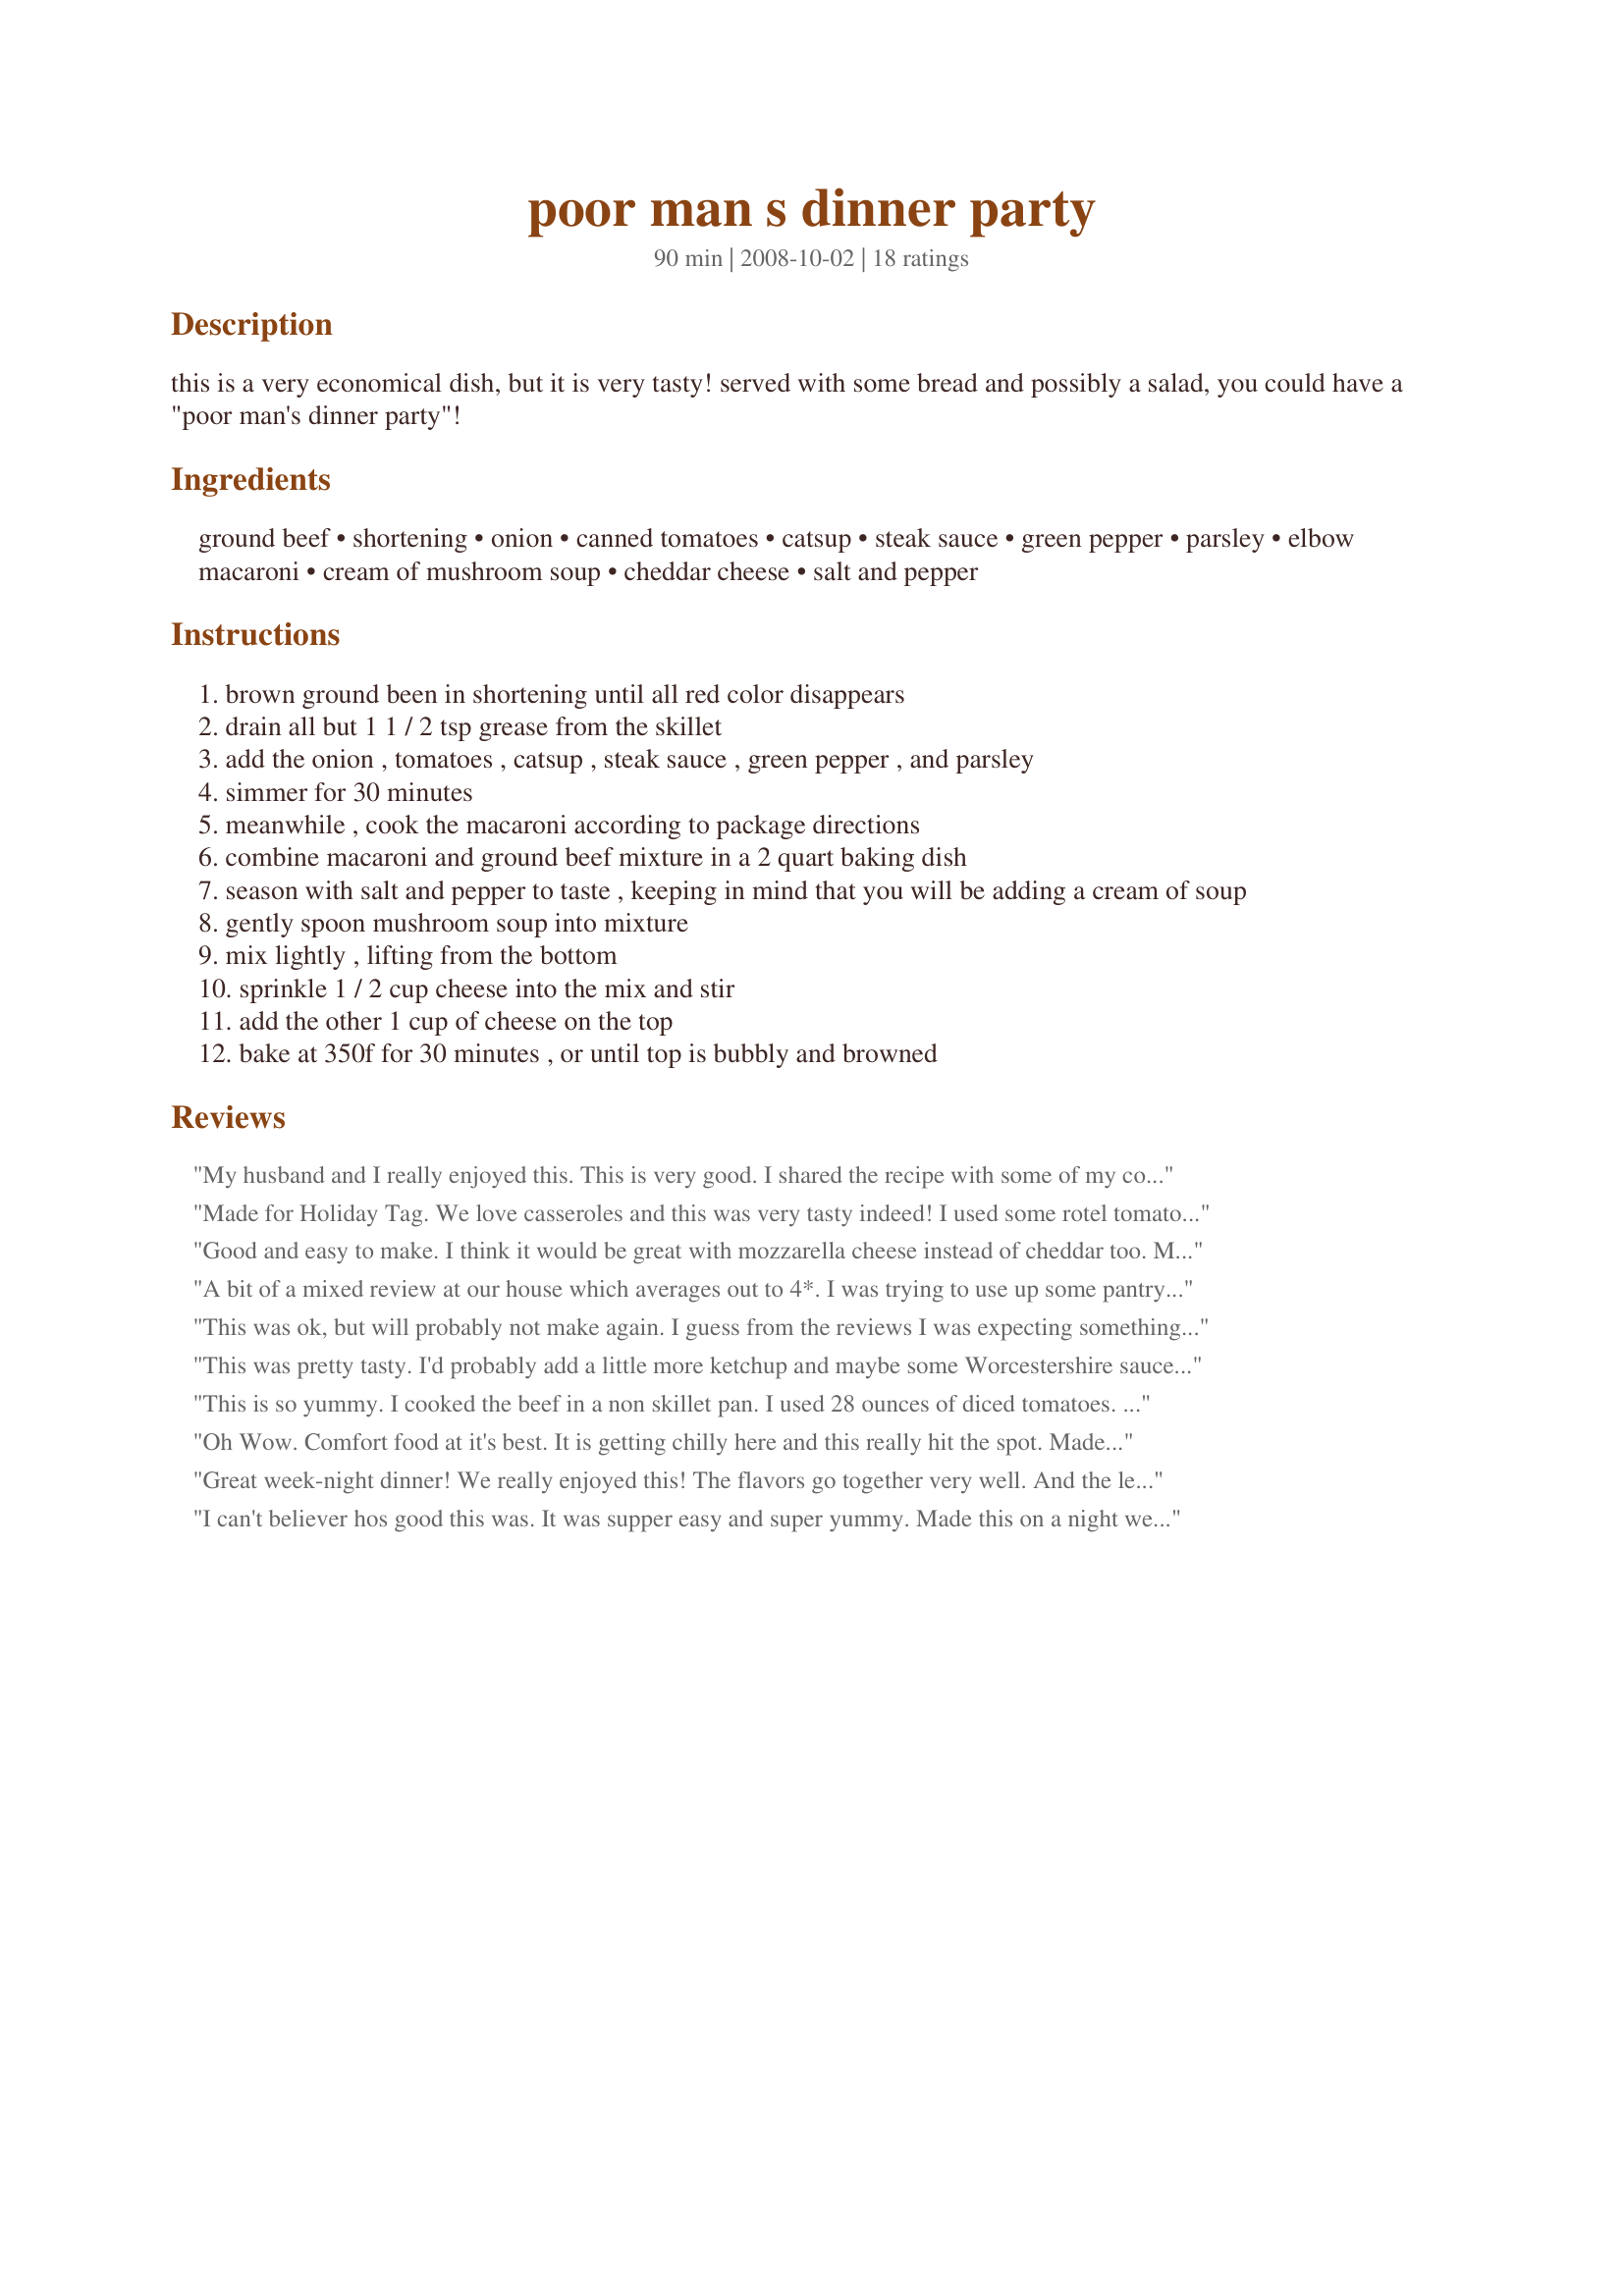
poor man s dinner party
Preparation time: 90 minutes

this is a very economical dish, but it is very tasty! served with some bread and possibly a salad, you could have a "poor man's dinner party"!

Ingredients:
ground beef, shortening, onion, canned tomatoes, catsup, steak sauce, green pepper, parsley, elbow macaroni, cream of mushroom soup, cheddar cheese, salt and pepper

Steps:
brown ground been in shortening until all red color disappears
drain all but 1 1 / 2 tsp grease from the skillet
add the onion , tomatoes , catsup , steak sauce , green pepper , and parsley
simmer for 30 minutes
meanwhile , cook the macaroni according to package directions
combine macaroni and ground beef mixture in a 2 quart baking dish
season with salt and pepper to taste , keeping in mind that you will be adding a cream of soup
gently spoon mushroom soup into mixture
mix lightly , lifting from the bottom
sprinkle 1 / 2 cup cheese into the mix and stir
add the other 1 cup of cheese on the top
bake at 350f for 30 minutes , or until top is bubbly and browned

Reviews:
My husband and I really enjoyed this. This is very good. I shared the recipe with some of my coworkers. I will definately be making this again and again. Thanks for the recipe.
Made for Holiday Tag.
We love casseroles and this was very tasty indeed! I used some rotel tomatoes so it gave it a lil zing of heat.
Good and easy to make. I think it would be great with mozzarella cheese instead of cheddar too. Made good leftovers.
A bit of a mixed review at our house which averages out to 4*. I was trying to use up some pantry items and this worked out great. The only change I made was to omit the shortening as I used a non-stick skillet and didn't feel it was necessary. The kids would have liked more cheese. A nice recipe that I will make again. Thx breezermom.
This was ok, but will probably not make again. I guess from the reviews I was expecting something really good. But if we all liked the same thing, it would be a very boring world. Thanks! UPDATE: Pulled this out tonight for leftovers...well shut my mouth...it was GOOD! I guess all the flavors married and...anyway...just might make this again. LOL
This was pretty tasty. I'd probably add a little more ketchup and maybe some Worcestershire sauce to make it a little tangier.
This is so yummy. I cooked the beef in a non skillet pan. I used 28 ounces of diced tomatoes. We all loved it and it's so easy. Thanks Breezermom.
Oh Wow. Comfort food at it's best. It is getting chilly here and this really hit the spot. Made exactly as stated except left out the shortening. Loved the flavor of the steak sauce in this along with the cream of mushroom. I will be making this again. Thanks for posting.
Great week-night dinner! We really enjoyed this! The flavors go together very well. And the leftovers are just as delicious! Thanks breezermom! Delicious! Made for 1.2.3 Hits
I can't believer hos good this was. It was supper easy and super yummy. Made this on a night we had to run here there and everywhere. It was fantastic. Followed the recipe exactly.
UPDATE- We liked this a lot, it reminded me of sloppy joe goulash! I will make it again because it is easy and my guys loved it.
My DH and I enjoyed this for dinner tonight. I made 2 casseroles for the week and we had parts of both.
Wasn't sure how this would go over, but everyone loved it! It was creamy and flavorful; even got everyone to eat the tomatoes! I used a deep frying pan to brown/simmer the beef so there was room to mix the noodles, cheese and soup in, then just poured all into the casserole. Made for Everyday Holiday.
We really enjoyed this comforting cold-weather dish! The flavours blended together very nicely. I personally would have prefered more mushroom soup in the mushroom soup- canned tomato ratio so would use more soup or less canned tomatoes next time. But there will definitely be a next time!
We really enjoyed this for dinner last night! I used cream of celery soup (don't like mushrooms), so that may have changed the flavor a bit, but both DH and I had 2nds!! Thanks breezermom for a great recipe idea. Made for PRMR, March 2009.
Just enough for the four of us ! It was great. Added a little bit extra cheese because I had little left. Worked out great. Great recipe. Made for Zaar Stars.
YUM! My picky family gave this 2 thumbs up! I looked up and saw my 13 year old son licking his plate clean and telling me "don't ever make this again", then he said "just kidding"! It was quick to make & pretty simple ingredients. I did not have any onion on hand and I accidentally added 2 tbsp. of steak sauce, so I also added 2 tbsp. of catsup. I also used spelt pasta & probably a little extra cheese, which was great! We eat a lot of ground meat and everyone is tired of the same old meals. This was a very tasty but simple dish. Great name for a recipe during this economic crisis! It was even good enough to serve for a dinner party!!! Thanks!
We really liked this! There were a lot of veggies and not too much macaroni. I actually thought that there wouldn't be enough mac, but there was. I didn't use the shortening and used Worcestershire sauce because I don't have steak sauce. The mushroom soup added a great touch. Made for Everyday's a Holiday tag. Thanks!
